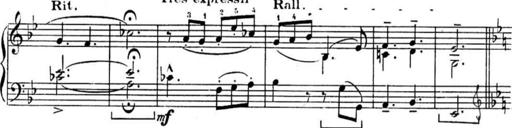
Title: Sonatines
Composer: Hedwige ChrÃ©tien